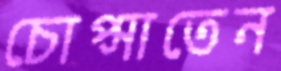
চোপ্‌সাতেন